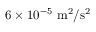
6 \times 1 0 ^ { - 5 } ~ \mathrm { { m ^ { 2 } / s ^ { 2 } } }